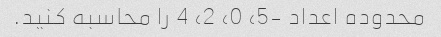
محدوده اعداد -5، 0، 2، 4 را محاسبه کنید.